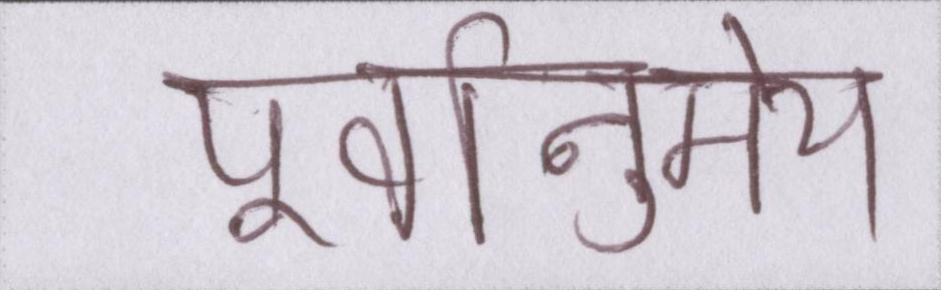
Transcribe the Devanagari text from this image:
पूर्वानुमेय